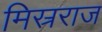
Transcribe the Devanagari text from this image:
मिस्रराज